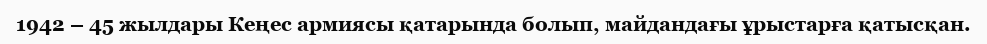
1942 – 45 жылдары Кеңес армиясы қатарында болып, майдандағы ұрыстарға қатысқан.